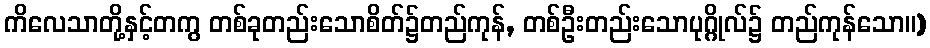
ကိလေသာတို့နှင့်တကွ တစ်ခုတည်းသောစိတ်၌တည်ကုန်, တစ်ဦးတည်းသောပုဂ္ဂိုလ်၌ တည်ကုန်သော။)